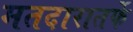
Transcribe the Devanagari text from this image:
मतदारातर्फे